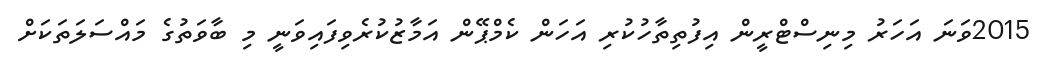
2015ވަނަ އަހަރު މިނިސްޓްރީން އިފުތިތާހުކުރި އަހަން ކެމްޕޭން އަމާޒުކުރެވިފައިވަނީ މި ބާވަތުގެ މައްސަލަތަކަށް